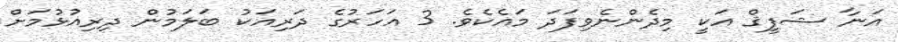
އަނާ ޝަފީޤް އަކީ މިދެންނެވިފަދަ މައެކެެވެ. 3 އަހަރުގެ ދަރިއަކު ބަލަމުން ދިރިއުޅުމަށް